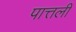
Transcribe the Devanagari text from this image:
पात्तली